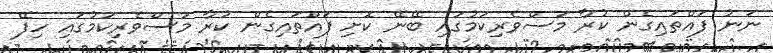
ނަނު ފައްތައިގެން ކުރާ މަސްވެރިކަމުގައި ބޭނޭ ކޮށި ފައްތައިގެން ކުރާ މަސްވެރިކަމުގައި ހިފޭ